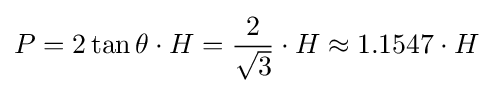
P=2\tan \theta \cdot H={\frac {2}{\sqrt {3}}}\cdot H\approx 1.1547\cdot H